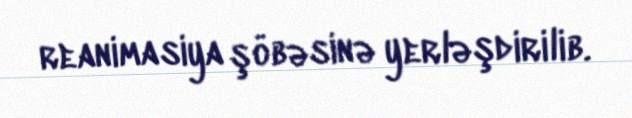
reanimasiya şöbəsinə yerləşdirilib.